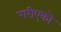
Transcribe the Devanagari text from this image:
गरीएको